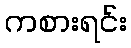
ကစားရင်း